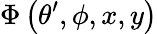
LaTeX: \Phi\left(\theta^{\prime},\phi,x,y\right)